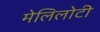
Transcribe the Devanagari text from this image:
मेलिलोटी